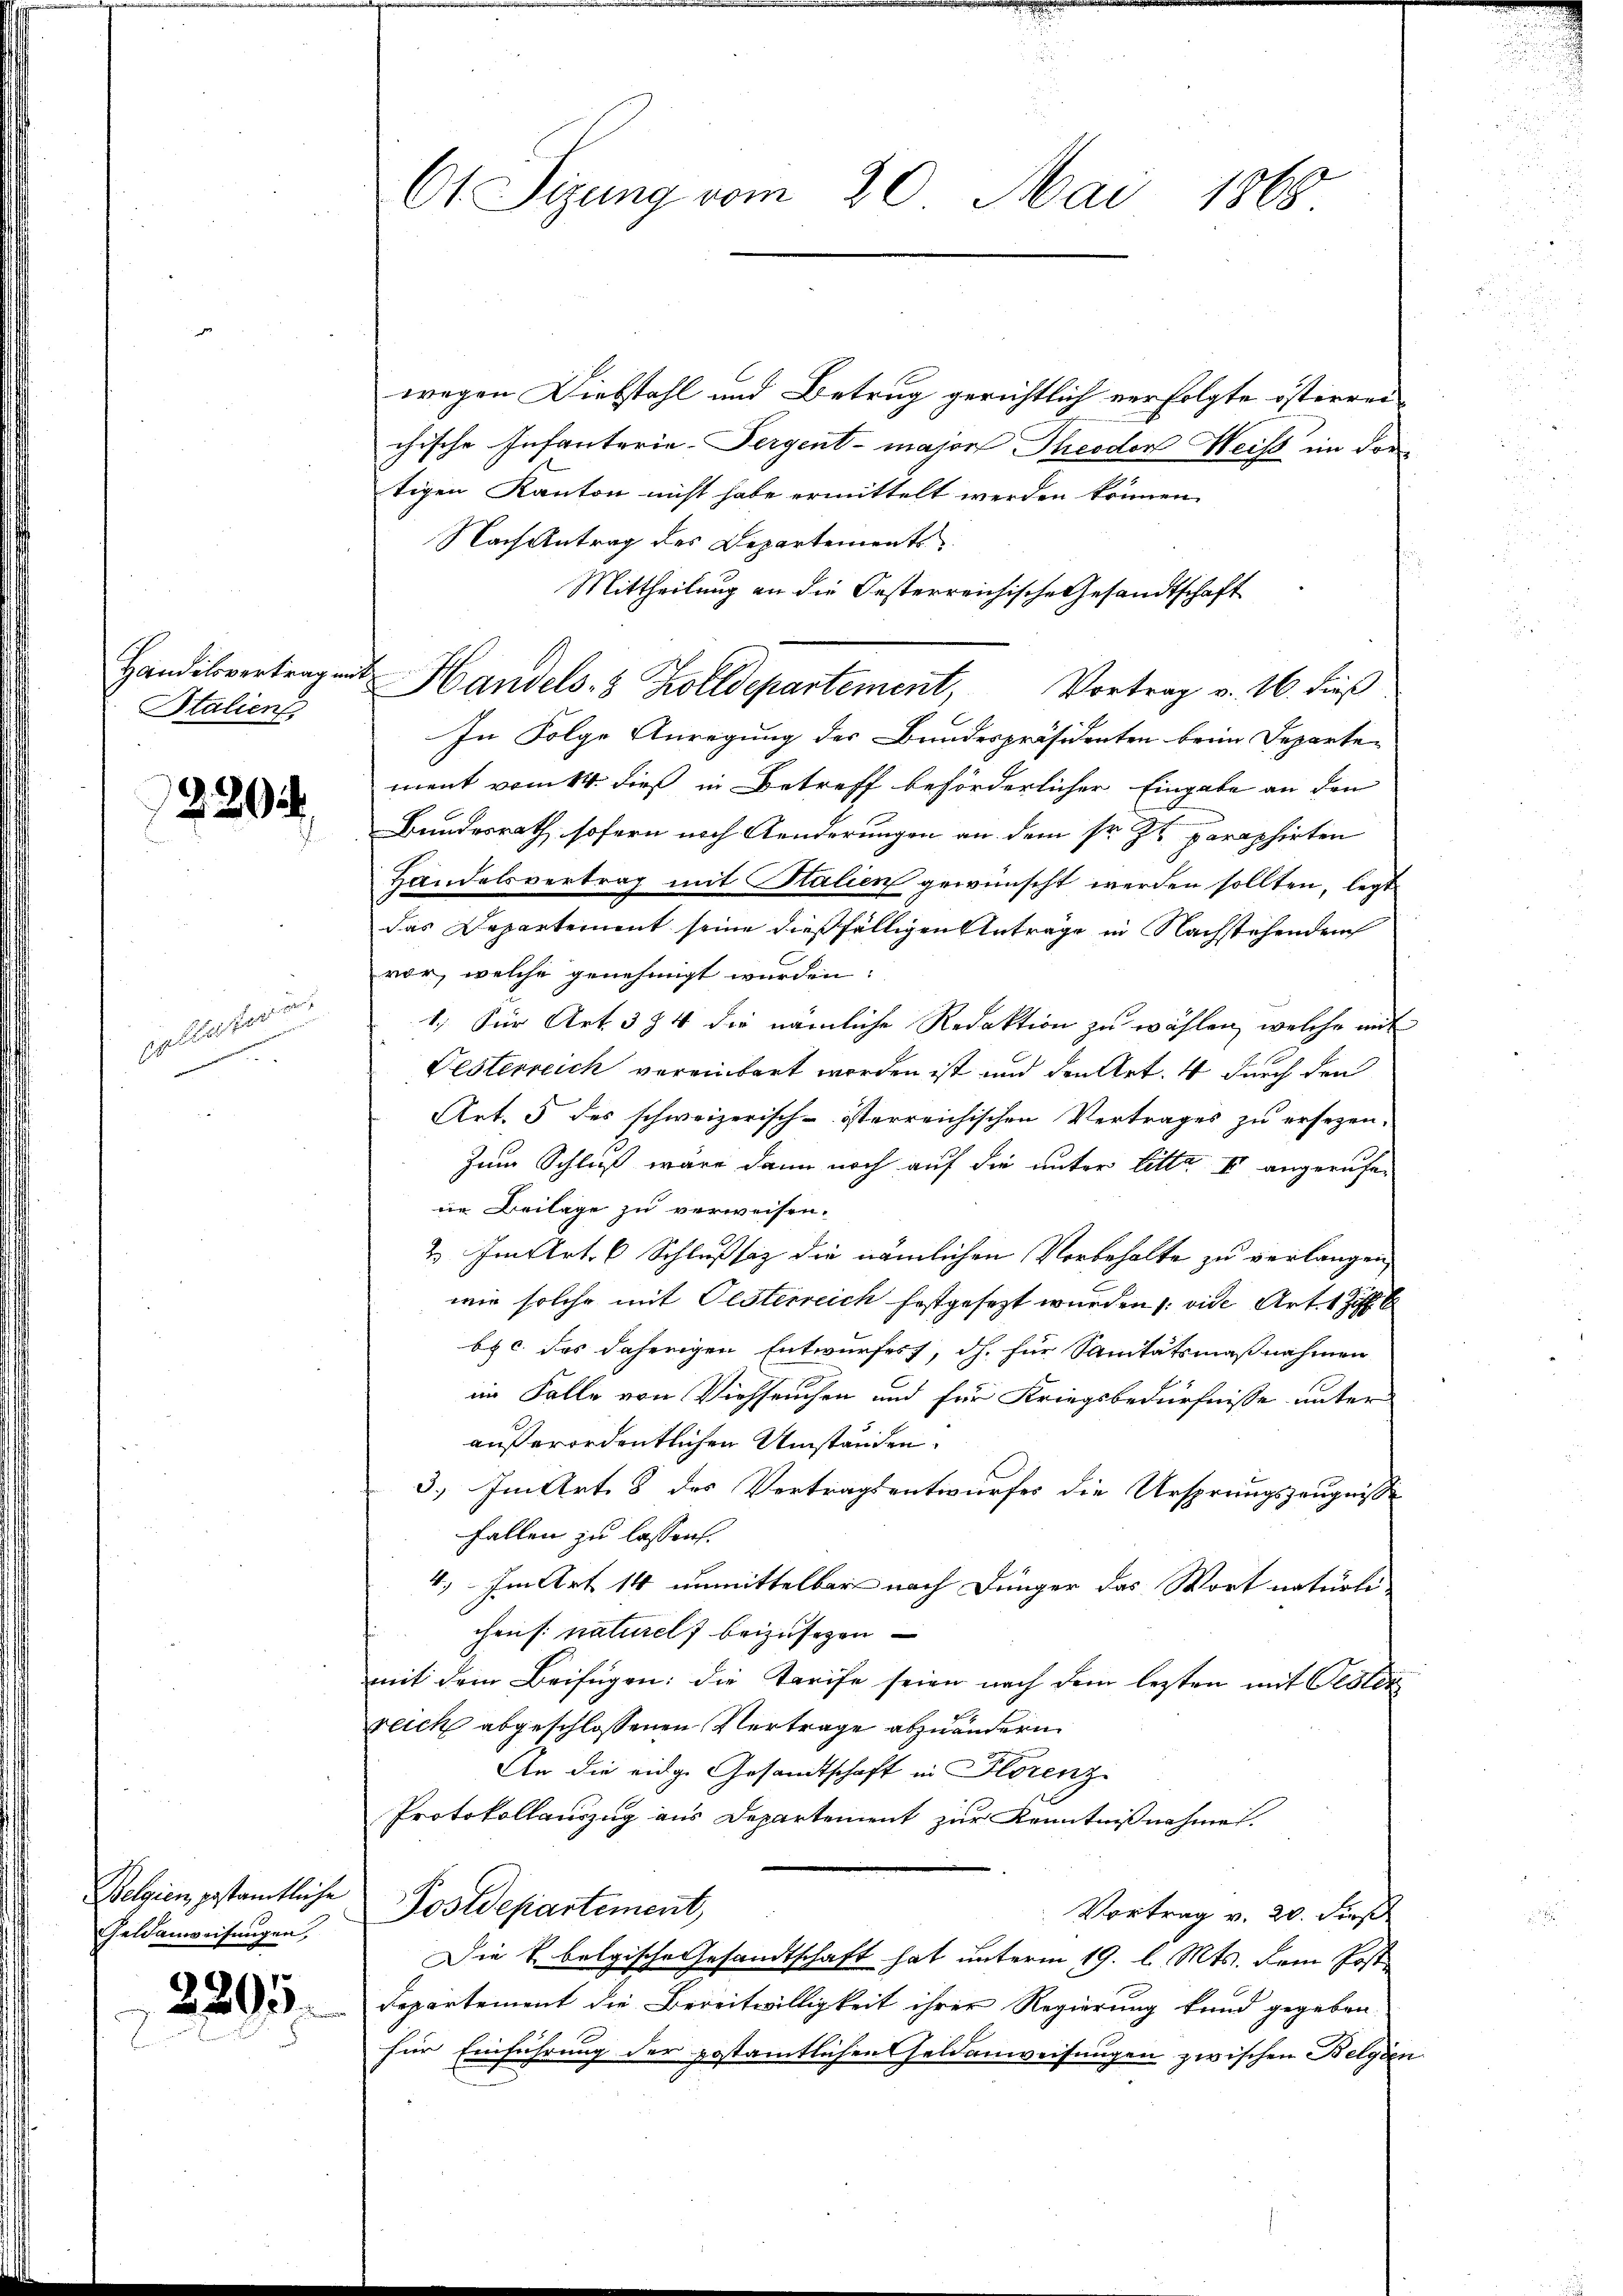
Handelsvertrag mit
Stalien

220

pellatur.

Belgien, gestamtliche
Geldanweisungen,

2295.

O1 Sizung vom 20. Mai 1868

wegen Diebstahl und Betrug gerichtlich verfolgte österren
chische Infanterie-Pergent-major Theodor Weiss im dor
tigen Kanton nicht habe ermittelt werden können.
Nach Antrag des Departements
Mittheilung an die Oesterreichische Gesandtschaft
In Folge Anregung des Bundespräsidenten beim Departement vom 14. dieß in Betreff beförderlicher Eingabe an den
Bundesrath sofern noch Aenderungen an dem sr. Zt. paraphirten
Handelsvertrag mit Stalien gewünscht werden sollten, legt
das Departement seine dießfälligen Antrage in Nachstehenden
vor, welche genehmigt werden:
1.) Für Art. 374 die nämliche Redaktion zu wählen, welche mit
Festerreich vereinbart worden ist und den Art. 4 durch den
Art. 5 des schweizerisch-österreichischen Vertrages zu ersezen.
Zum Schluß wäre dann noch auf die unter Litte II angerufene Beilage zu verweisen.
2. Im Art. 6 Schlußsaz die nämlichen Vorbehalte zu verlangen,
wie solche mit Oesterreich festgesezt wurden, vide Art. 1
b. c. das daherigen Entwurfes, dh. für Sanitätsmaßnahmen
im Falle von Viehseuchen und für Kriegsbedürfnisse unter
außerordentlichen Umständen.
3.) Im Art. 8 des Vertragsentwurfes die Ursprungszeugnisse
Fallen zu lassen.
4.) Im Art 14 unmittelbar nach Dünger das Wort natürle
chens naturels beizusetzen
mit dem Beifügen: die Tarife seien nach dem lezten mit Gester
reich abgeschlossenen Vertrage abzuändern
An die eidge Gesandtschaft in Florenz
Protokollauszug aus Departement zur Kenntnißnahme.
Postdepartement,
Vortrag v. 20. Fis
Die k. bolgische Gesandtschaft hat unterm 19. l. Mts. dem Post¬
Departement die Bereitwilligkeit ihrer Regierung kund gegeben,
für Einführung der postamtlichen Geldanweisungen zwischen Belgien

Handels- & Zolldepartement, Vortrag v. 16. dieß